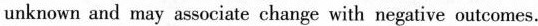
unknown and may associate change with negative outcomes.